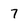
Character: 7